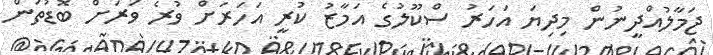
ޖަމާލުއްދީނުން މިދިޔަ އަހަރު ސްކޫލުގެ އަމާޒު ކުރީ އަހަރަށް ވުރެ ވަރަށް ބޮޑުތަން